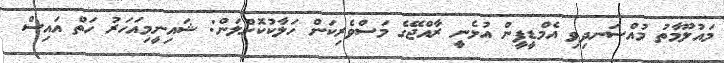
މައުލޫމާތު މުއްސަނދިވި އެމްޑީޕީން އުޅެނީ ރާއްޖޭގެ މަސްވެރިކަން ހަލާކުކޮށްލަން: ޝައިނީމިއަހަރު ހަތް އައިސް